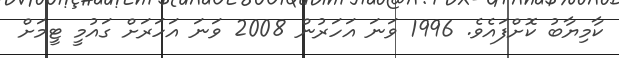
ކާމިޔާބު ކޮށްފައެވެ. 1996 ވަނަ އަހަރުން 2008 ވަނަ އަހަރަށް ގައުމީ ޓީމަށް